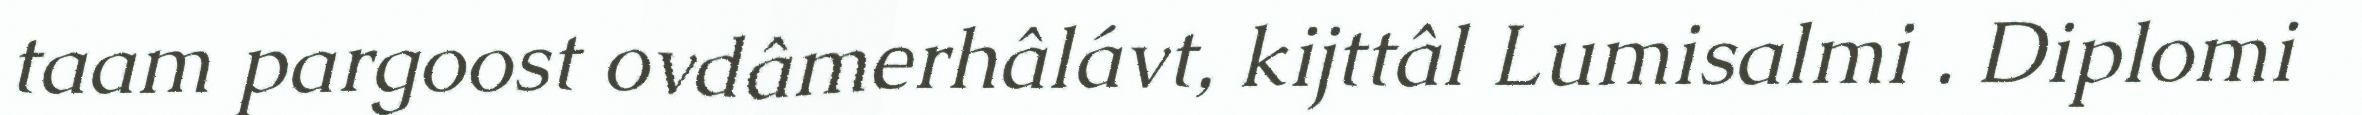
taam pargoost ovdâmerhâlávt, kijttâl Lumisalmi . Diplomi